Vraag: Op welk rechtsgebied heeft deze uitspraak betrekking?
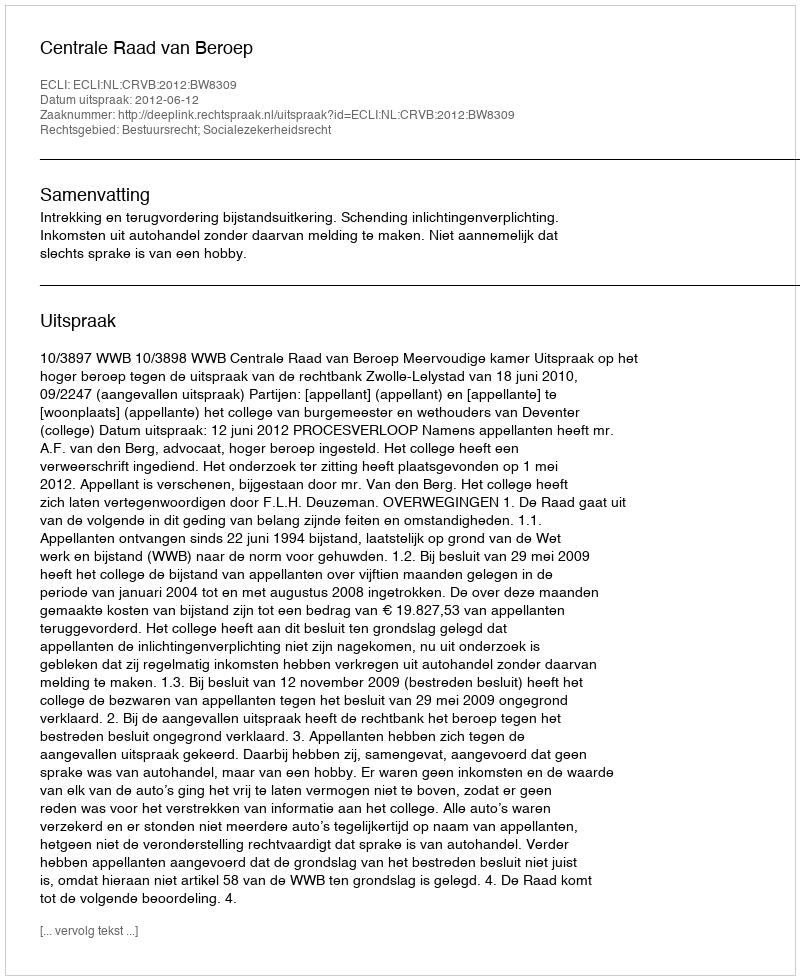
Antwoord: Bestuursrecht; Socialezekerheidsrecht